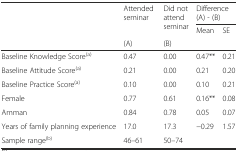
| <ROWSPAN=2>  | <ROWSPAN=2> Attended seminar | <ROWSPAN=2> Did not attend seminar | <COLSPAN=2> Difference (A) - (B) |
 | Mean | SE |
 |  | (A) | (B) | <COLSPAN=2>  |
 | --- | --- | --- | --- | --- |
 | Baseline Knowledge Score(a) | 0.47 | 0.00 | 0.47** | 0.21 |
 | Baseline Attitude Score(a) | 0.21 | 0.00 | 0.21 | 0.20 |
 | Baseline Practice Score(a) | 0.10 | 0.00 | 0.10 | 0.21 |
 | Female | 0.77 | 0.61 | 0.16** | 0.08 |
 | Amman | 0.84 | 0.78 | 0.05 | 0.07 |
 | Years of family planning experience | 17.0 | 17.3 | −0.29 | 1.57 |
 | Sample range(b) | 46–61 | 50–74 |  |  |